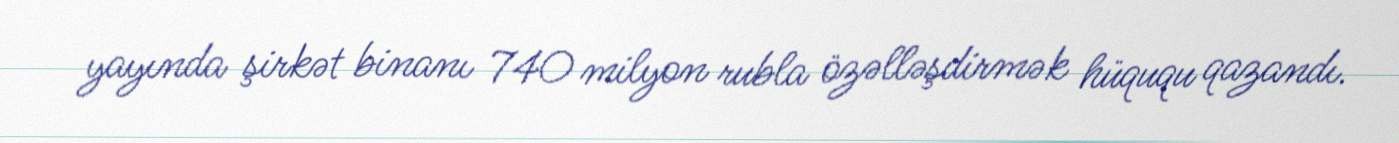
yayında şirkət binanı 740 milyon rubla özəlləşdirmək hüququ qazandı.